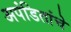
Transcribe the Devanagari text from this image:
अपंडितांचे